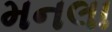
મનલા